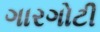
ગારગોટી